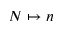
N \mapsto n